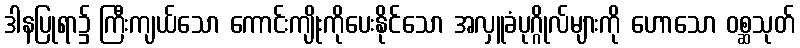
ဒါနပြုရာ၌ ကြီးကျယ်သော ကောင်းကျိုးကိုပေးနိုင်သော အလှူခံပုဂ္ဂိုလ်များကို ဟောသော ဝစ္ဆသုတ်